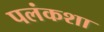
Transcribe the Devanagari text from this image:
पलंकशा